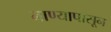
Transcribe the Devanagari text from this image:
नाण्यापासून